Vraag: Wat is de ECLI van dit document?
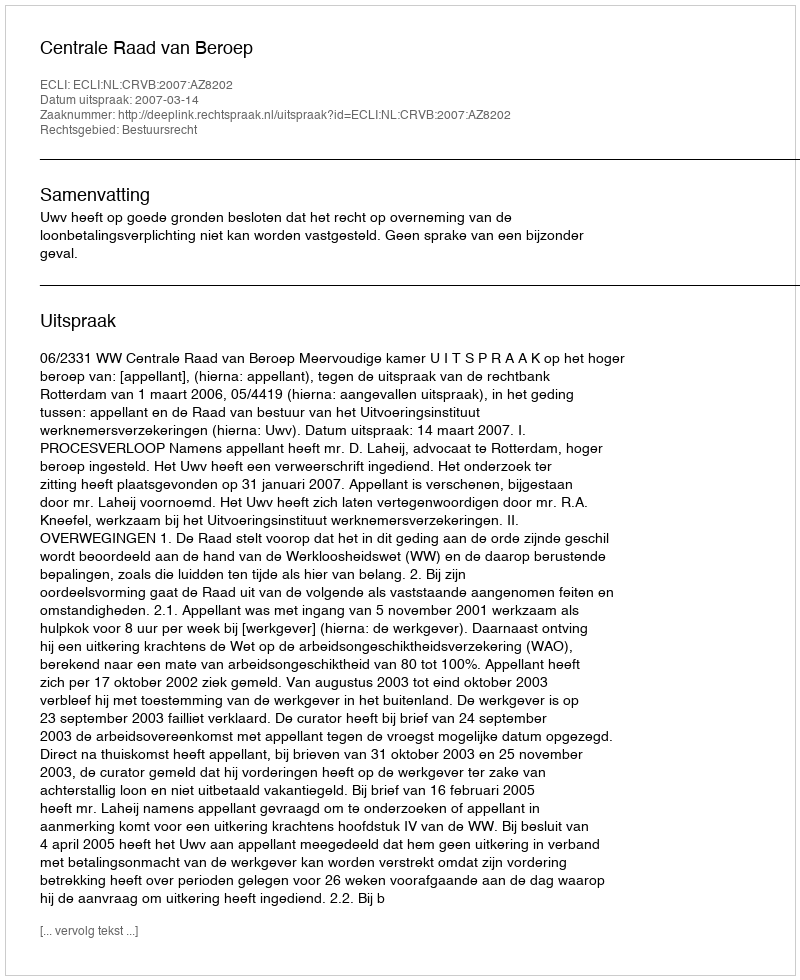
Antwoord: ECLI:NL:CRVB:2007:AZ8202